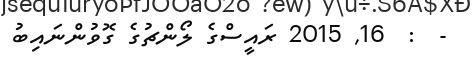
-  :  16